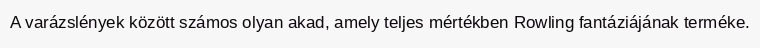
A varázslények között számos olyan akad, amely teljes mértékben Rowling fantáziájának terméke.